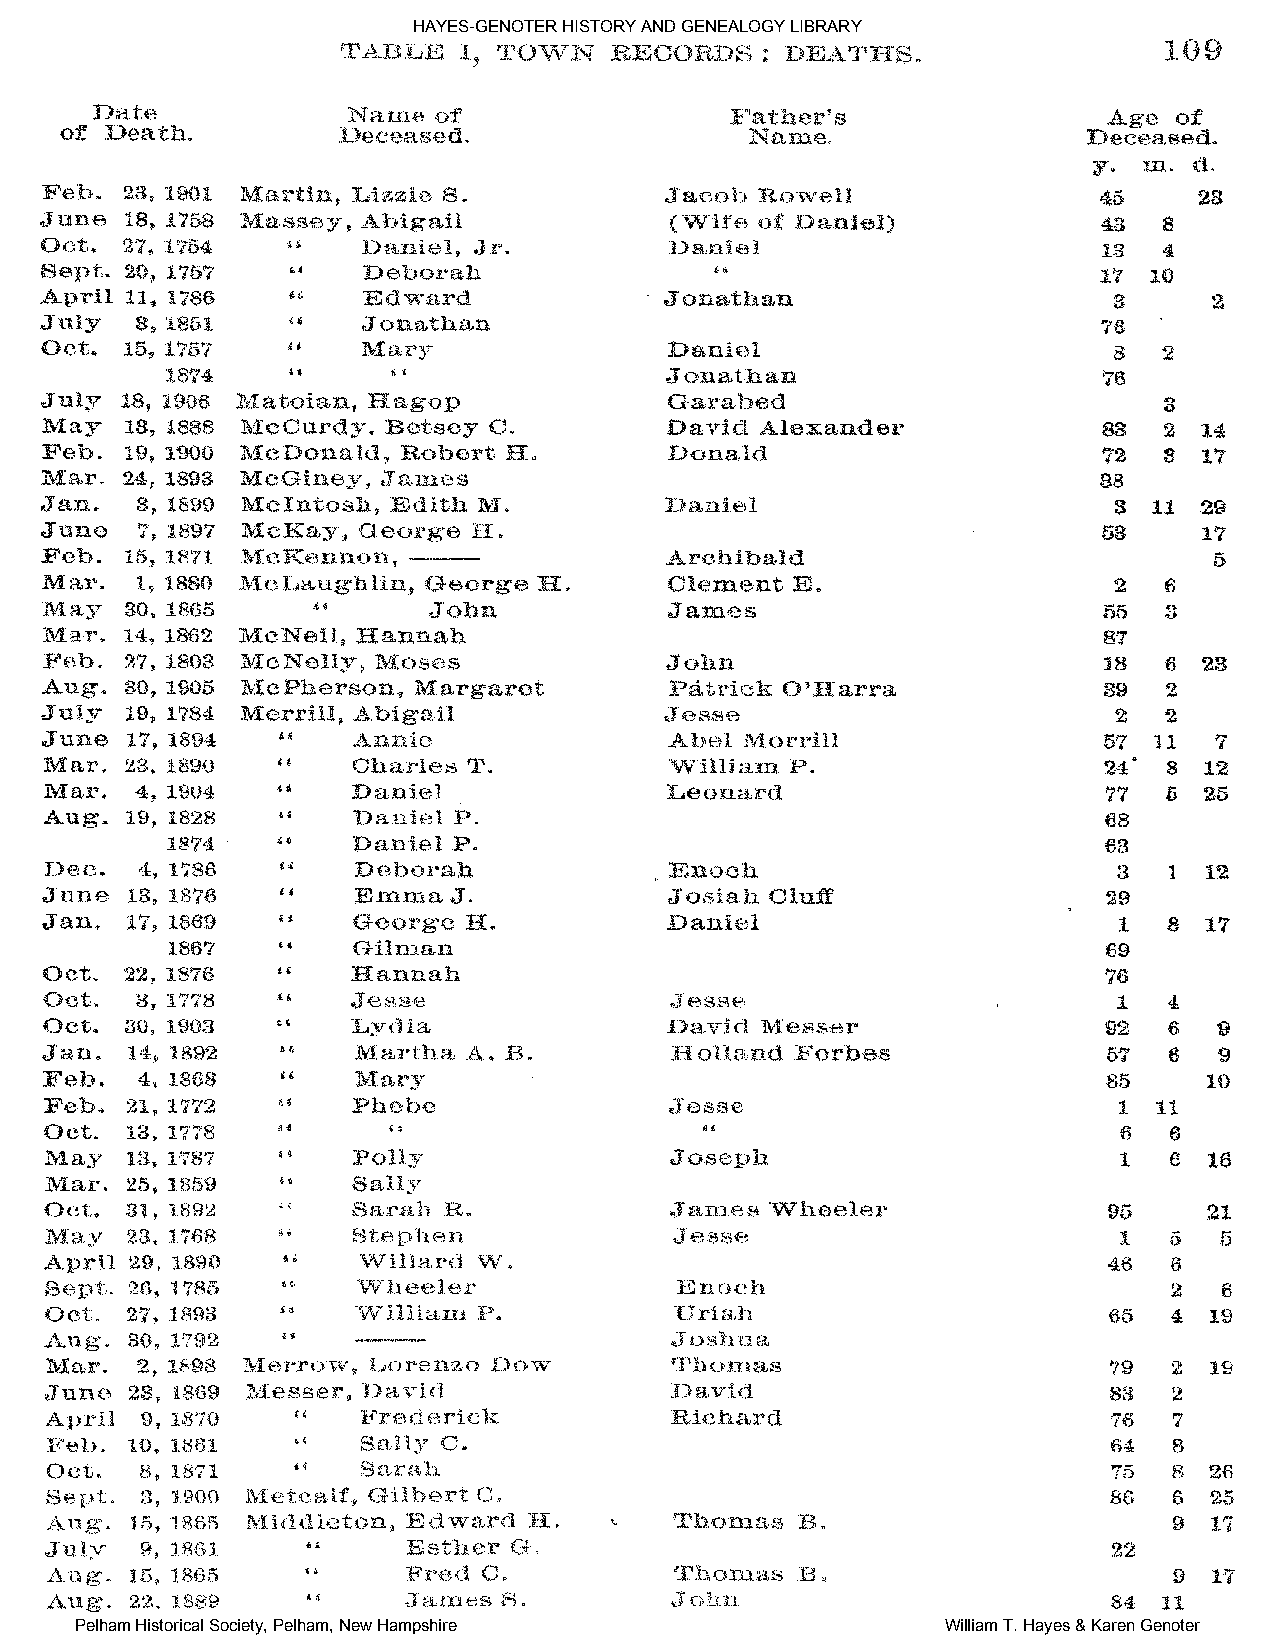
HAYES-GENOTER HISTORY AND GENEALOGY LIBRARY
 Pelham Historical Society, Pelham, New Hampshire          William T. Hayes & Karen Genoter